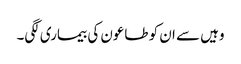
وہیں سے ان کو طاعون کی بیماری لگی۔